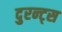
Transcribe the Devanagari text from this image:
दुरन्ट्स